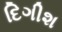
દિગીશ